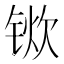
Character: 𫓿